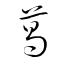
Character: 葛